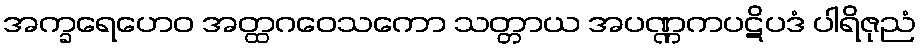
အက္ခရေဟေဝ အတ္ထဂဝေသကော သတ္တာယ အပဏ္ဏကပဋိပဒံ ပါရိဇုညံ